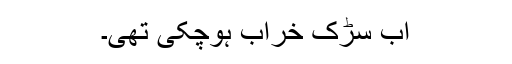
اب سڑک خراب ہوچکی تھی۔